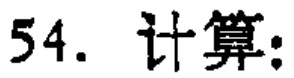
54. 计算: